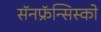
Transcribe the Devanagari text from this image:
सॅनफ्रॅन्सिस्को